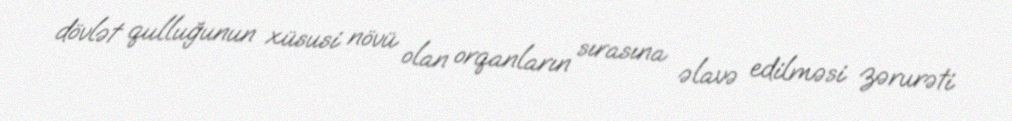
dövlət qulluğunun xüsusi növü olan orqanların sırasına əlavə edilməsi zərurəti